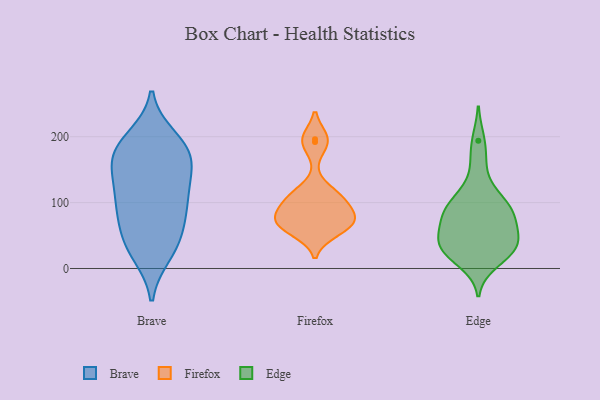
{"axis": {"x": "Revenue (USD Million)", "y": "Value"}, "legend": ["Brave", "Edge", "Firefox"], "data": [{"x": "", "y": 159, "type": "Brave"}, {"x": "", "y": 21, "type": "Brave"}, {"x": "", "y": 193, "type": "Brave"}, {"x": "", "y": 163, "type": "Brave"}, {"x": "", "y": 23, "type": "Brave"}, {"x": "", "y": 104, "type": "Brave"}, {"x": "", "y": 199, "type": "Brave"}, {"x": "", "y": 57, "type": "Brave"}, {"x": "", "y": 153, "type": "Brave"}, {"x": "", "y": 37, "type": "Brave"}, {"x": "", "y": 103, "type": "Brave"}, {"x": "", "y": 58, "type": "Brave"}, {"x": "", "y": 108, "type": "Brave"}, {"x": "", "y": 181, "type": "Brave"}, {"x": "", "y": 73, "type": "Brave"}, {"x": "", "y": 160, "type": "Brave"}, {"x": "", "y": 186, "type": "Brave"}, {"x": "", "y": 132, "type": "Brave"}, {"x": "", "y": 100, "type": "Brave"}, {"x": "", "y": 71, "type": "Firefox"}, {"x": "", "y": 192, "type": "Firefox"}, {"x": "", "y": 68, "type": "Firefox"}, {"x": "", "y": 67, "type": "Firefox"}, {"x": "", "y": 108, "type": "Firefox"}, {"x": "", "y": 106, "type": "Firefox"}, {"x": "", "y": 57, "type": "Firefox"}, {"x": "", "y": 196, "type": "Firefox"}, {"x": "", "y": 86, "type": "Firefox"}, {"x": "", "y": 76, "type": "Firefox"}, {"x": "", "y": 112, "type": "Firefox"}, {"x": "", "y": 73, "type": "Edge"}, {"x": "", "y": 94, "type": "Edge"}, {"x": "", "y": 194, "type": "Edge"}, {"x": "", "y": 67, "type": "Edge"}, {"x": "", "y": 10, "type": "Edge"}, {"x": "", "y": 28, "type": "Edge"}, {"x": "", "y": 161, "type": "Edge"}, {"x": "", "y": 82, "type": "Edge"}, {"x": "", "y": 31, "type": "Edge"}, {"x": "", "y": 36, "type": "Edge"}, {"x": "", "y": 46, "type": "Edge"}, {"x": "", "y": 117, "type": "Edge"}, {"x": "", "y": 105, "type": "Edge"}, {"x": "", "y": 24, "type": "Edge"}, {"x": "", "y": 39, "type": "Edge"}, {"x": "", "y": 89, "type": "Edge"}, {"x": "", "y": 80, "type": "Edge"}, {"x": "", "y": 35, "type": "Edge"}]}